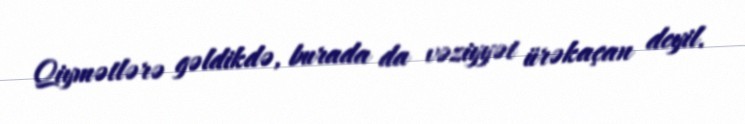
Qiymətlərə gəldikdə, burada da vəziyyət ürəkaçan deyil.